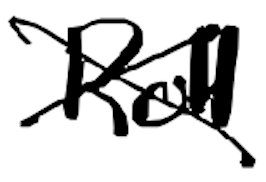
Text: Roll
Cross-out: cross
Writing tool: digital_black